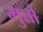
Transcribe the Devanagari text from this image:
मुन्नों